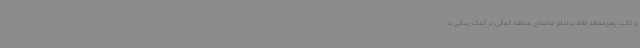
و تاکید رهبرمعظم انقلاب امام خامنه‌ای مدظله العالی در کمک رسانی به